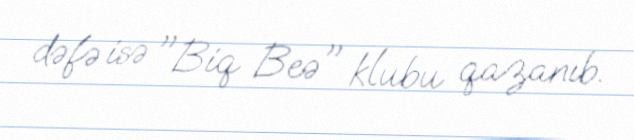
dəfə isə "Biq Beə" klubu qazanıb.